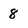
Character: 8